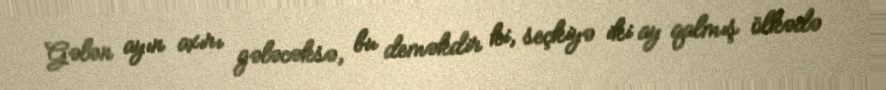
Gələn ayın axırı gələcəksə, bu deməkdir ki, seçkiyə iki ay qalmış ölkədə